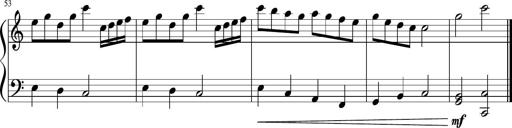
Title: Sonatine Nr.1 in C-Dur
Composer: DÃ©sirÃ©e Manns
Key: C major